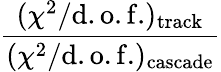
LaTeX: \frac{(\chi^{2}/\mathrm{d.o.f.})_{\mathrm{track}}}{(\chi^{2}/\mathrm{d.o.f.})_{\mathrm{cascade}}}